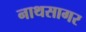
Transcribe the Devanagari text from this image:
नाथसागर